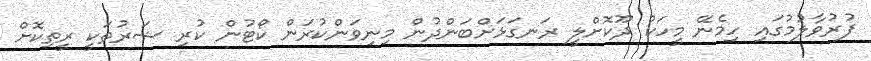
ފުރުވާލުމުގައި ހިމެނޭ މީހަކު ދޫކޮށްލީ ރަނގަޅަށްބަންދުން މިނިވަންކުރަން ކޯޓުން ކުރި ޝަރުތަކީ ރީތިކޮށް